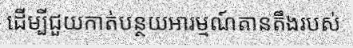
ដើម្បីជួយកាត់បន្ថយអារម្មណ៍តានតឹងរបស់